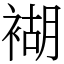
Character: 𧛞